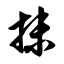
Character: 抹